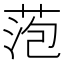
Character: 萢